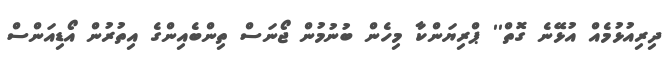
ދިރިއުޅުމެއް އުޅޭނެ ގޮތް'' ޕްރިޔަންކާ މިހެން ބުނުމުން ޖޯނަސް ތިންބެއިންގެ އިތުރުން އޯޑިއަންސް